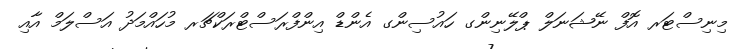
މިނިސްޓަރ އޮފް ނޭޝަނަލް ޕްލޭނިންގ ހައުސިންގ އެންޑް އިންފްރަސްޓްރަކްޗަރ މުހައްމަދު އަސްލަމް އާއި